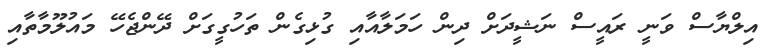
އިލްޔާސް ވަނީ ރައީސް ނަޝީދަށް ދިން ހަމަލާއާއި ގުޅިގެން ތަހުގީގަށް ދޭންޖެހޭ މައުލޫމާތާއި